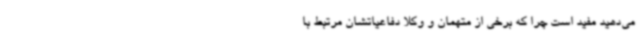
می‌دهید مفید است چرا که برخی از متهمان و وکلا دفاعیاتشان مرتبط با